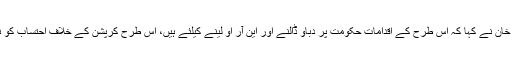
وزیراعظم عمران خان نے کہا کہ اس طرح کے اقدامات حکومت پر دباؤ ڈالنے اور این آر او لینے کیلئے ہیں، اس طرح کرپشن کے خلاف احتساب کو نہیں روکا جاسکتا۔